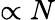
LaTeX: \propto N